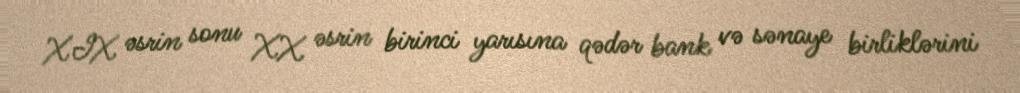
XIX əsrin sonu XX əsrin birinci yarısına qədər bank və sənaye birliklərini